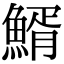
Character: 䱬